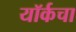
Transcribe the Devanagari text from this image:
यॉर्कचा